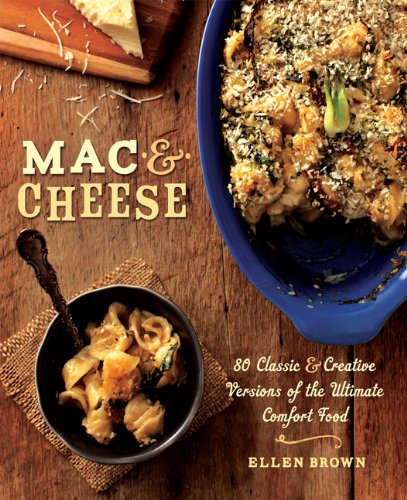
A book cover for Mac & Cheese: More than 80 Classic and Creative Versions of the Ultimate Comfort Food; Ellen Brown; Cookbooks, Food & Wine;